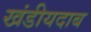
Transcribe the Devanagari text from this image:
खंडीयदाब